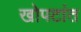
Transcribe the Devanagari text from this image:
खोपटांत